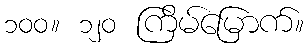
၁၀၀။ ၁၂၀ ကြိမ်မြောက်။